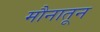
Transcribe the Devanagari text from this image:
मौनातून